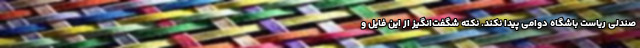
صندلی ریاست باشگاه دوامی پیدا نکند. نکته شگفت‌انگیز از این فایل و